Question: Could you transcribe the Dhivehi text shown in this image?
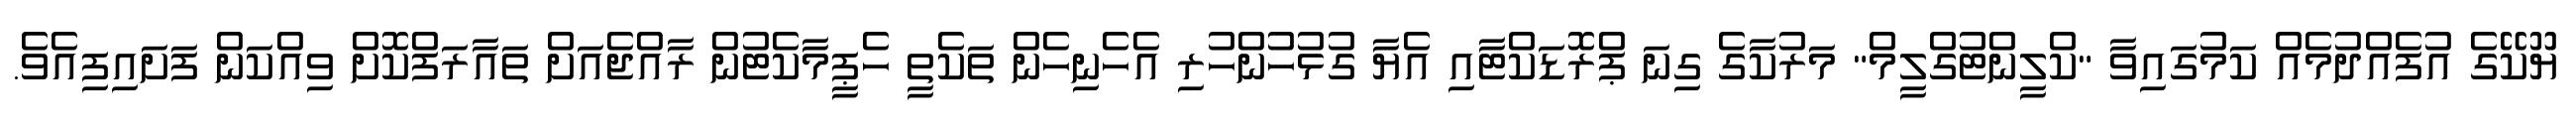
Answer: ޔޫކޭގެ އުފެއްދުމެއް ކަމުގައިވާ "ކްލީންޓުގްލީމް" މަރުކާގެ ގިނަ ޕްރޮޑަކްޓާއި އެޔާ ގުޅުހުންހުރި އެހެނިހެން ތަކެތީ ހެޕީމާކެޓުން ރާއްޖެއަށް ތައާރަފްކޮށް ވިއްކަން ފަށައިފިއެވެ.